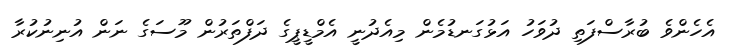
އެހެންވެ ބުރާސްފަތި ދުވަހު އަޅުގަނޑުމެން މިއެދުނީ އެމްޑީޕީގެ ދަފްތަރުން މޫސަގެ ނަން އުނިނުކުރާ